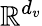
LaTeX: \mathbb{R}^{d_{v}}